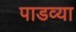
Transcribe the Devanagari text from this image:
पाडव्या